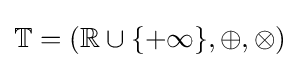
\mathbb {T} =(\mathbb {R} \cup \{+\infty \},\oplus ,\otimes )